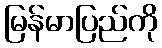
မြန်မာပြည်ကို